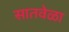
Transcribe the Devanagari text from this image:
सातवेळा